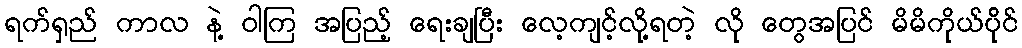
ရက်ရှည် ကာလ နဲ့ ဝါကြ အပြည့် ရေးချပြီး လေ့ကျင့်လို့ရတဲ့ လို တွေအပြင် မိမိကိုယ်ပို်င်